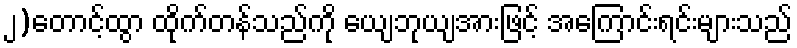
၂)တောင့်ထွာ ထိုက်တန်သည်ကို ယျေဘုယျအားဖြင့် အကြောင်းရင်းများသည်